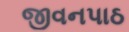
જીવનપાઠ